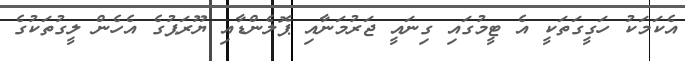
އެކަމަކު ހަގީގަތަކީ އެ ޓީމުގައި ގިނައީ ޖަރުމަނާއި ޕޮލެންޑާއި ޔޫރަޕުގެ އެހެން ލީގުތަކުގެ